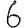
Digit: 6